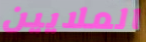
الملايين